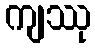
ကျဿု